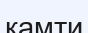
қамти